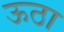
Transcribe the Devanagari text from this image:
ऊठा